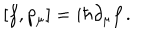
LaTeX: \left[ f , p _ { \mu } \right] = i \hbar \partial _ { \mu } f \, .